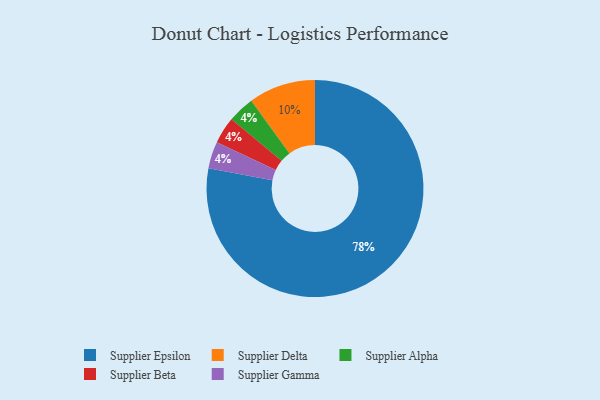
{"axis": {"x": "Category", "y": "Percentage"}, "legend": ["Supplier Alpha", "Supplier Beta", "Supplier Delta", "Supplier Epsilon", "Supplier Gamma"], "data": [{"x": "Supplier Alpha", "y": 4, "type": "Supplier Alpha"}, {"x": "Supplier Beta", "y": 4, "type": "Supplier Beta"}, {"x": "Supplier Delta", "y": 10, "type": "Supplier Delta"}, {"x": "Supplier Epsilon", "y": 78, "type": "Supplier Epsilon"}, {"x": "Supplier Gamma", "y": 4, "type": "Supplier Gamma"}]}